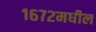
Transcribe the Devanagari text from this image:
१६७२मधील